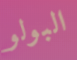
البولو